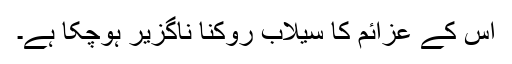
اس کے عزائم کا سیلاب روکنا ناگزیر ہوچکا ہے۔